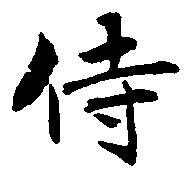
侍